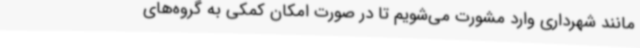
مانند شهرداری وارد مشورت می‌شویم تا در صورت امکان کمکی به گروه‌های